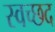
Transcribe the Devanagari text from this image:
स्वच्छद